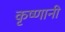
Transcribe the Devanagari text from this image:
कृष्णानी